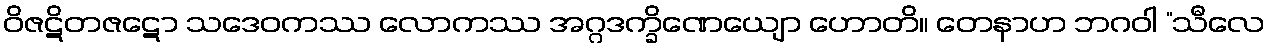
ဝိဇဋိတဇဋော သဒေဝကဿ လောကဿ အဂ္ဂဒက္ခိဏေယျော ဟောတိ။ တေနာဟ ဘဂဝါ “သီလေ